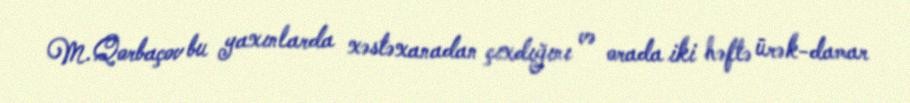
M.Qorbaçov bu yaxınlarda xəstəxanadan çıxdığını və orada iki həftə ürək-damar